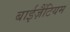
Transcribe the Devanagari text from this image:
बाईज़ैंटियम